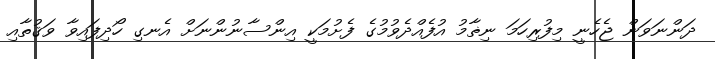
ދަންނަވަން ޖެހެނީ މިފުރިހަމަ ނިޡާމު އުފެއްދެވުމުގެ ފެށުމަކީ އިންސާނުންނަށް އެނގި ހޯދިފައިވާ ވަޤުތާއި